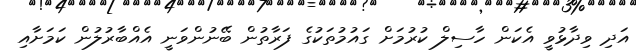
އަދި ވިދާޅުވީ އެކަން ހާސިލް ކުރުމަށް ގައުމުތަކުގެ ފަރާތުން ބޭނުންވަނީ އެއްބާރުލުން ކަމަށާއި